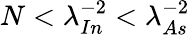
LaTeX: N<\lambda_{In}^{-2}<\lambda_{As}^{-2}